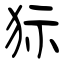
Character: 狋